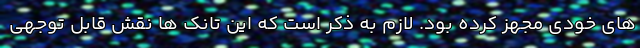
های خودی مجهز کرده بود. لازم به ذکر است که این تانک ها نقش قابل توجهی